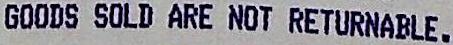
GOODS SOLD ARE NOT RETURNABLE.